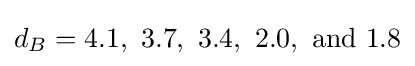
d_{B}=4.1,{\mbox{ }}3.7,{\mbox{ }}3.4,{\mbox{ }}2.0,{\mbox{ and }}1.8